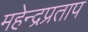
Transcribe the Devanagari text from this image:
महेन्द्रप्रताप